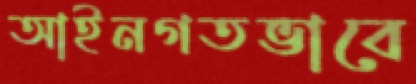
আইনগতভাবে